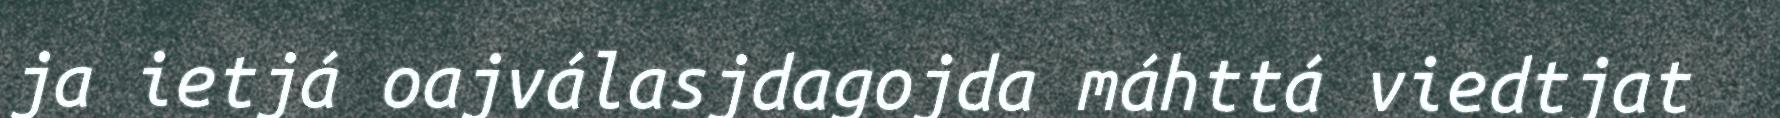
ja ietjá oajválasjdagojda máhttá viedtjat